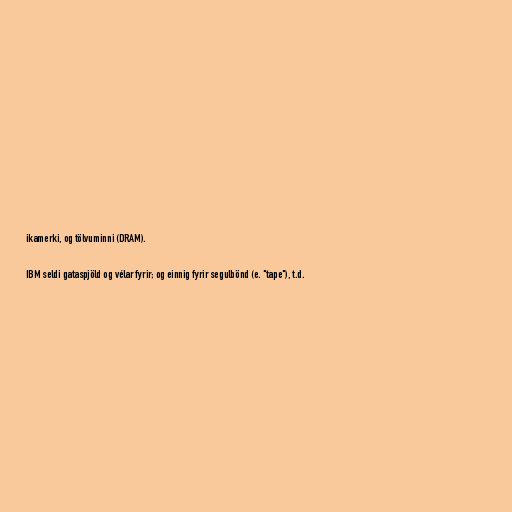
ikamerki, og tölvuminni (DRAM).

IBM seldi gataspjöld og vélar fyrir; og einnig fyrir segulbönd (e. "tape"), t.d.